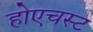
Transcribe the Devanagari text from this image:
होएचस्ट